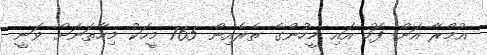
އުމްރާ އަށް ފަހު އައި މީހުންގެ ތެރެއިން 165 މީހަކު މިހާތަނަށް ވަނީ